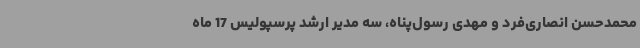
محمدحسن انصاری‌فرد و مهدی رسول‌پناه، سه مدیر ارشد پرسپولیس 17 ماه